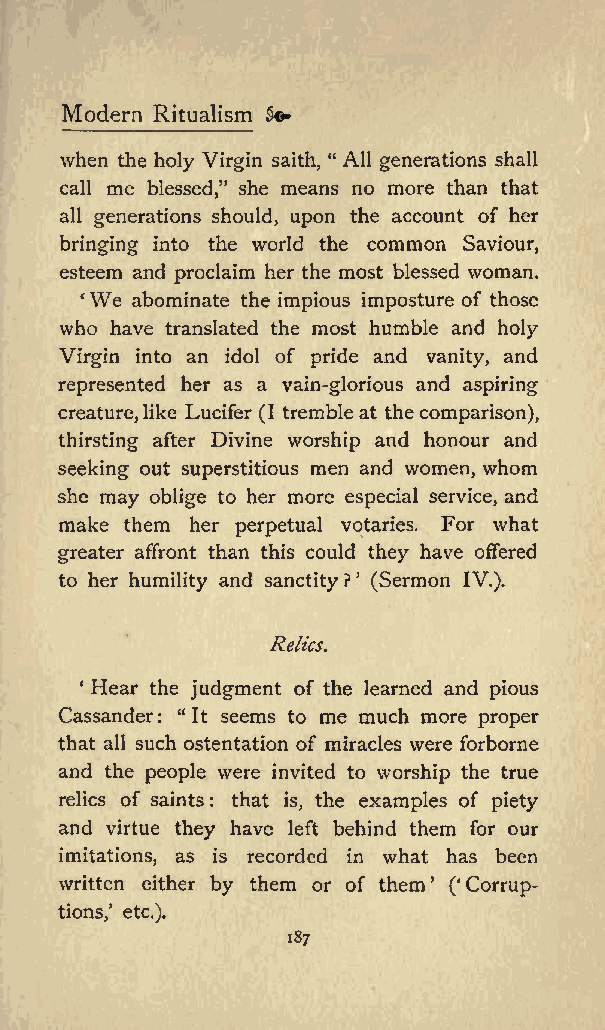
Modern Ritualism 5*
 when the holy Virgin saith, &quot; All generations shall
 call me     she means no more than that
 blessed,&quot;
 all generations should, upon the account of her
 bringing into the world the common Saviour,
 esteem and proclaim her the most blessed woman.
 We
 abominate the impious imposture of those
 who have translated the most humble and holy
 Virgin into an idol of pride and vanity, and
 represented her as a vain-glorious and aspiring
 creature,like Lucifer (I tremble at thecomparison),
 thirsting after Divine worship and honour and
 seeking out superstitious men and women, whom
 she may oblige to her more especial service, and
 make them her perpetual votaries. For what
 greater affront than this could they have offered
 to her humility and sanctity ? (Sermon IV.).
 Relics.
 Hear the judgment of the learned and pious
 Cassander: &quot;It seems to me much more proper
 that all such ostentation of miracles were forborne
 and the people were invited to worship the true
 relics of saints : that is, the examples of piety
 and virtue they have left behind them for our
 imitations, as is recorded in what has been
 written either by them or of them ( Corrup
 tions, etc.).
 187